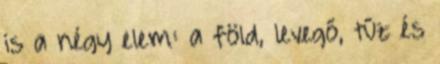
is a négy elem: a föld, levegő, tűz és